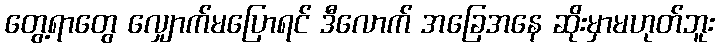
တွေ့ရာတွေ လျှောက်မပြောရင် ဒီလောက် အခြေအနေ ဆိုးမှာမဟုတ်ဘူး